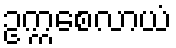
ဥက္ကစေလာယံ